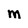
Character: M